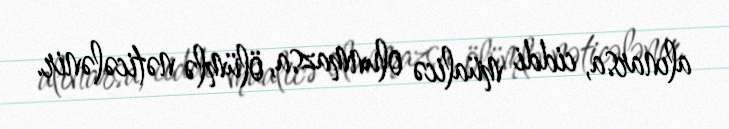
alınarsa, ciddi müalicə olunmazsa, ölümlə nəticələnir.